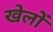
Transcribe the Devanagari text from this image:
खेलोें